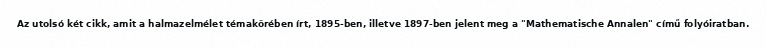
Az utolsó két cikk, amit a halmazelmélet témakörében írt, 1895-ben, illetve 1897-ben jelent meg a "Mathematische Annalen" című folyóiratban.